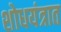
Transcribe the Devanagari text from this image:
शोधयंत्रात